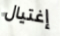
إغتيال